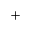
^ +